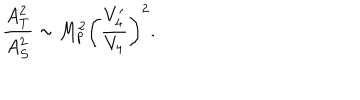
LaTeX: \frac { A _ { T } ^ { 2 } } { A _ { S } ^ { 2 } } \sim M _ { p } ^ { 2 } \left( \frac { V _ { 4 } ^ { \prime } } { V _ { 4 } } \right) ^ { 2 } .